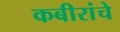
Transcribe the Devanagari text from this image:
कबीरांचे